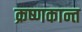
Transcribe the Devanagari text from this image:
क्रष्णकान्त